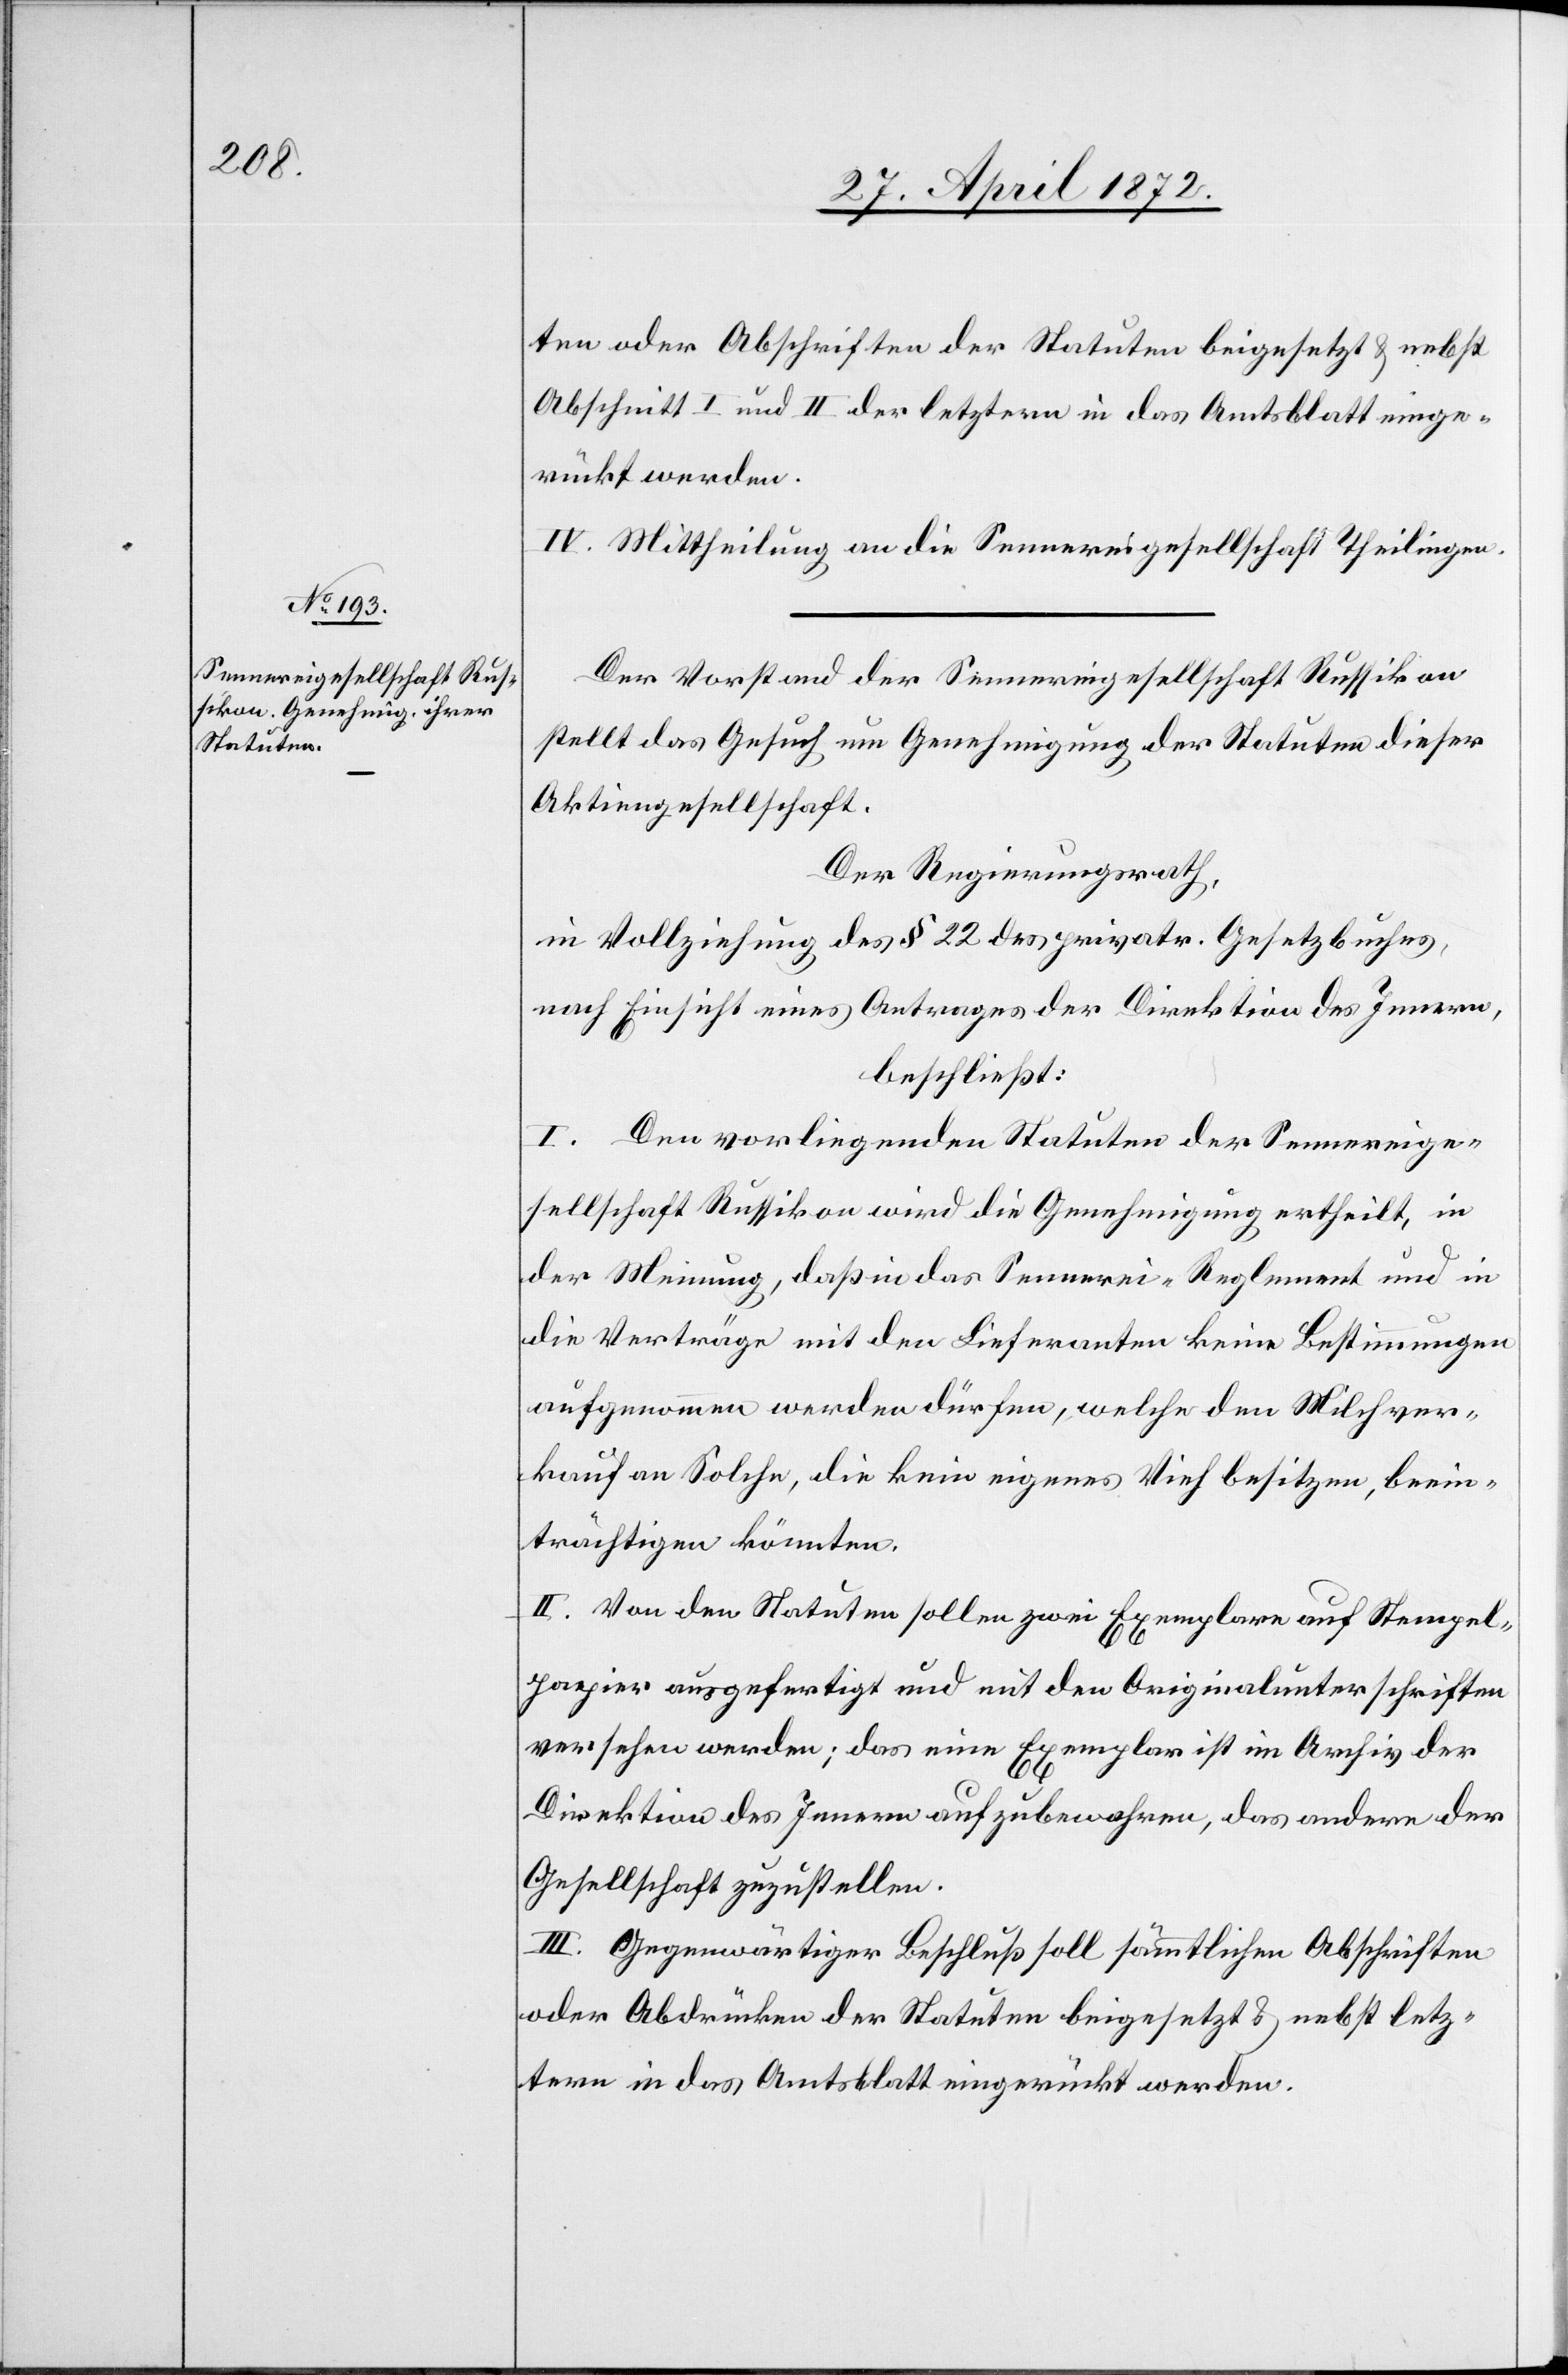
ten oder Abschriften der Statuten beigesetzt u. nebst
Abschnitt I und II der letztern in das Amtsblatt einge¬
rückt werden.
IV. Mittheilung an die Sennereigesellschaft Theilingen.
Der Vorstand der Sennereigesellschaft Russikon
stellt das Gesuch um Genehmigung der Statuten dieser
Aktiengesellschaft.
Der Regierungsrath,
in Vollziehung des § 22 des privatr. Gesetzbuches,
nach Einsicht eines Antrages der Direktion des Innern,
beschließt:
I. Den vorliegenden Statuten der Sennereige¬
sellschaft Russikon wird die Genehmigung ertheilt, in
der Meinung, daß in das Sennerei-Reglement und in
die Verträge mit den Lieferanten keine Bestimmungen
aufgenommen werden dürfen, welche den Milchver¬
kauf an Solche, die kein eigenes Vieh besitzen, beein¬
trächtigen könnten.
II. Von den Statuten sollen zwei Exemplare auf Stempel¬
papier ausgefertigt werden und mit den Originalunterschriften
versehen werden; das eine Exemplar ist im Archiv der
Direktion des Innern aufzubewahren, das andere der
Gesellschaft zuzustellen.
III. Gegenwärtiger Beschluß soll sämmlichen Abschriften
oder Abdrücken der Statuten beigesetzt u. nebst letz¬
tern in das Amtsblatt eingerückt werden.